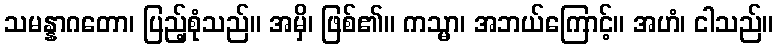
သမန္နာဂတော၊ ပြည့်စုံသည်။ အမှိ၊ ဖြစ်၏။ ကသ္မာ၊ အဘယ်ကြောင့်။ အဟံ၊ ငါသည်။